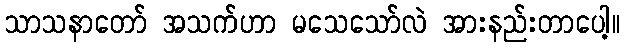
သာသနာတော် အသက်ဟာ မသေသော်လဲ အားနည်းတာပေါ့။